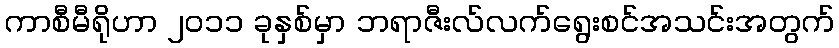
ကာစီမီရိုဟာ ၂၀၁၁ ခုနှစ်မှာ ဘရာဇီးလ်လက်ရွေးစင်အသင်းအတွက်